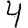
Digit: 4